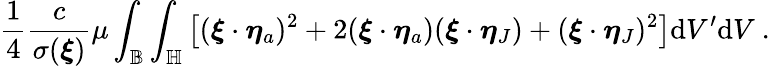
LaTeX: \frac{1}{4}\frac{c}{\sigma(\boldsymbol{\xi})}\mu\int_{\mathbb{B}}\int_{\mathbb{H}}\left[(\boldsymbol{\xi}\cdot\boldsymbol{\eta}_{a})^{2}+2(\boldsymbol{\xi}\cdot\boldsymbol{\eta}_{a})(\boldsymbol{\xi}\cdot\boldsymbol{\eta}_{J})+(\boldsymbol{\xi}\cdot\boldsymbol{\eta}_{J})^{2}\right]\textup{d}V^{\prime}\textup{d}V\ .